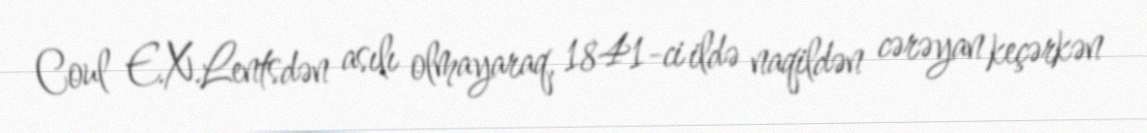
Coul E.X.Lentsdən asılı olmayaraq, 1841-ci ildə naqildən cərəyan keçərkən